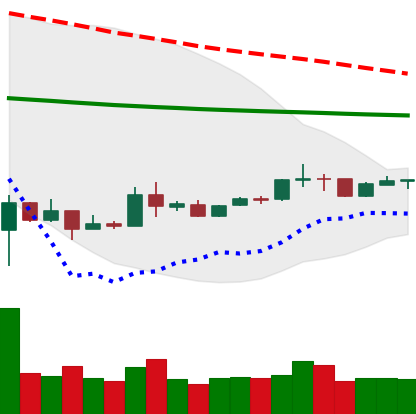
Ticker: XRP-USD
Chart end date: 2020-04-01
Forward return: 11.512%
Label: up_7plus